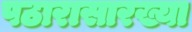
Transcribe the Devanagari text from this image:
पठारासारख्या